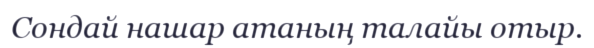
Сондай нашар атаның талайы отыр.